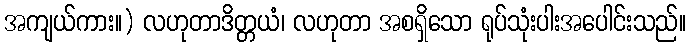
အကျယ်ကား။) လဟုတာဒိတ္တယံ၊ လဟုတာ အစရှိသော ရုပ်သုံးပါးအပေါင်းသည်။